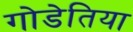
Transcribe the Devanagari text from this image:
गोडेतिया